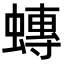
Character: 𧐕